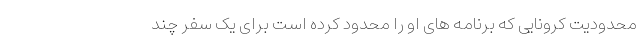
محدودیت کرونایی که برنامه های او را محدود کرده است برای یک سفر چند